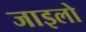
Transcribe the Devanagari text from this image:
जाइलो